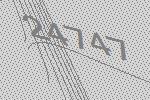
24747